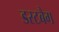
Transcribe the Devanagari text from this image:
डस्टबैग